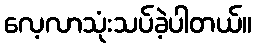
လေ့လာသုံးသပ်ခဲ့ပါတယ်။